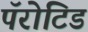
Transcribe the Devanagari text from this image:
पॅरोटिड